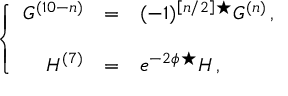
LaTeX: \left\{ \begin{array} { r c l } { { G ^ { ( 1 0 - n ) } } } & { { = } } & { { ( - 1 ) ^ { \left[ n / 2 \right] } { } ^ { \star } G ^ { ( n ) } \, , } } \\ { { } } & { { } } & { { } } \\ { { H ^ { ( 7 ) } } } & { { = } } & { { e ^ { - 2 \phi } { } ^ { \star } H \, , } } \end{array} \right.